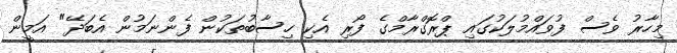
މިހާރު ވެސް ފުވައްމުލަކުގައި ޕްރޮގްރާމްގެ ފޯރި އެކި ހިސާބުތަކުން ފެންނަމުން އެބަދޭ" އަމީން